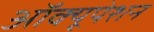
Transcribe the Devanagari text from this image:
ऑक्यूपेशन